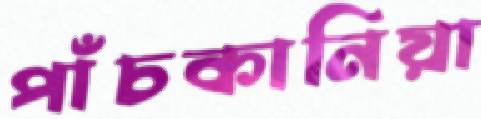
পাঁচকানিয়া